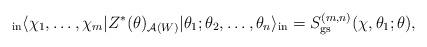
LaTeX: \begin{gather*}_{\rm in} \langle \chi_{1},\dots,\chi_{m} \vert Z^{\ast}(\theta)_{\mathcal{A} (W)} \vert\theta_{1};\theta_{2},\dots,\theta_{n} \rangle_{\rm in} =S_{\rm gs}^{(m,n)}(\chi,\theta_{1};\theta),\end{gather*}